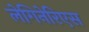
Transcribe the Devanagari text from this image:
लेगिनेरिएस